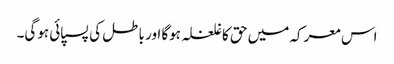
اس معرکہ میں حق کا غلغلہ ہوگا اور باطل کی پسپائی ہوگی۔